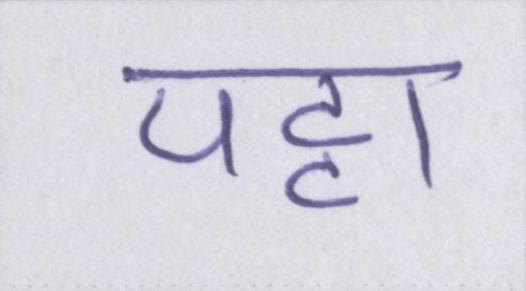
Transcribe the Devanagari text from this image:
पट्टा